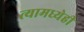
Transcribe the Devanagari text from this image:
त्यामध्येही